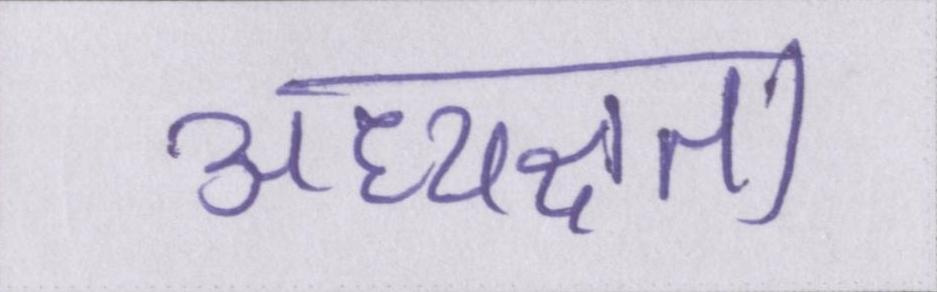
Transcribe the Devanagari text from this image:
अध्यक्षता